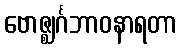
ဗောဇ္ဈင်္ဂဘာဝနာရတာ